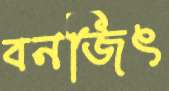
বনজিৎ